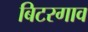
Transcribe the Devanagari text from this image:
बिटरगाव